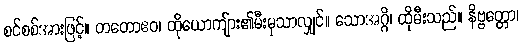
စင်စစ်အားဖြင့်။ တတောဧဝ၊ ထိုယောကျ်ား၏မီးမှသာလျှင်။ သောအဂ္ဂိ၊ ထိုမီးသည်။ နိဗ္ဗတ္တော၊